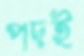
পদই